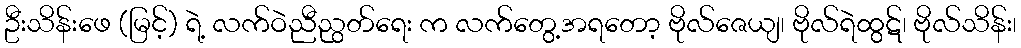
ဦးသိန်းဖေ (မြင့်) ရဲ့ လက်ဝဲညီညွတ်ရေး က လက်တွေ့အရတော့ ဗိုလ်ဇေယျ၊ ဗိုလ်ရဲထွဋ်၊ ဗိုလ်သိန်း၊